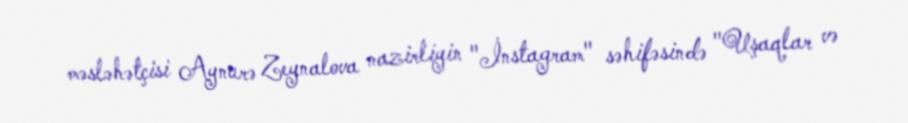
məsləhətçisi Aynurə Zeynalova nazirliyin "İnstagram" səhifəsində "Uşaqlar və